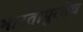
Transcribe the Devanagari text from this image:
भारतापुरतेच